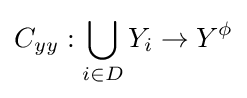
C_{yy}:\bigcup _{i\in D}Y_{i}\rightarrow Y^{\phi }